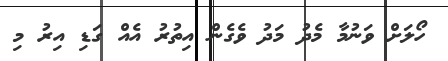
ހޯލަށް ވަނުމާ މެދު މަދު ވެގެން އިތުރު އެއް ގަޑި އިރު މި